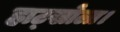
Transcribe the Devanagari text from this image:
हाट्खोला।